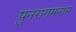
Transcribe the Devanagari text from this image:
पुनरागमनास